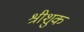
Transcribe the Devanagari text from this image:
श्रीशुक